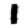
Digit: 1